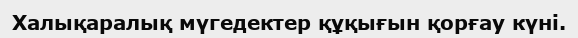
Халықаралық мүгедектер құқығын қорғау күні.